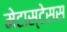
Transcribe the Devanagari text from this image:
मेटास्टेसस